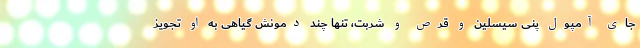
جای آمپول پنی سیسلین و قرص و شربت، تنها چند دمونش گیاهی به او تجویز